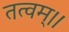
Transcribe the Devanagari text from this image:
तत्वम्।।